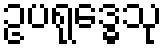
ဥပရုဒ္ဓေသု